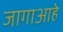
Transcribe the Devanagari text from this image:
जागाआहे